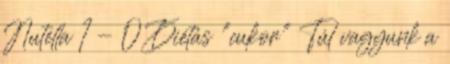
Nutella 1 - 0 Diétás "cukor" Túl vagyunk a